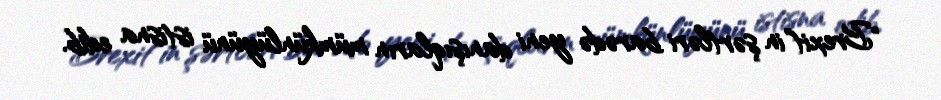
"Brexit"in şərtləri barədə yeni danışıqların mümkünlüyünü istisna edib.